Annual report of the Punjab Veterinary College and of the Civil Veterinary Department, Punjab - 1909-1919
Year: 1909
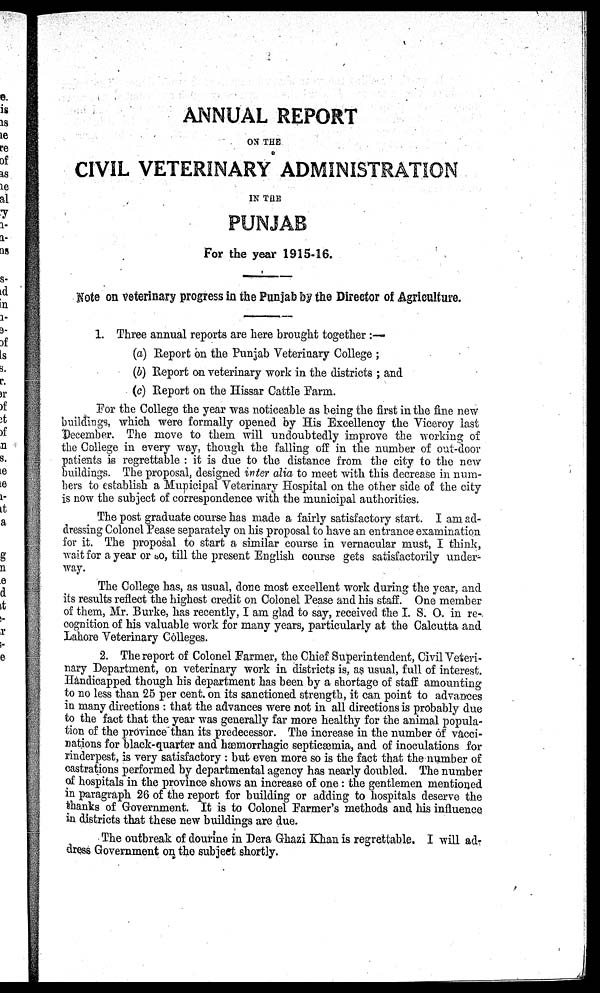
ANNUAL REPORT
ON THE
CIVIL VETERINARY ADMINISTRATION
IN THE
PUNJAB
For the year 1915-16.
Note on veterinary progress in the Punjab by the Director of Agriculture.
1. Three annual reports are here brought together:—
(a) Report on the Punjab Veterinary College;
(b) Report on veterinary work in the districts; and
(c) Report on the Hissar Cattle Farm.
For the College the year was noticeable as being the first in the fine new
buildings, which were formally opened by His Excellency the Viceroy last
December. The move to them will undoubtedly improve the working of
the College in every way, though the falling off in the number of out-door
patients is regrettable: it is due to the distance from the city to the new
buildings. The proposal, designed inter alia to meet with this decrease in num-
bers to establish a Mupicipal Veterinary Hospital on the other side of the city
is now the subject of correspondence with the municipal authorities.
The post graduate course has made a fairly satisfactory start. I am ad-
dressing Colonel Pease separately on his proposal to have an entrance examination
for it. The proposal to start a similar course in vernacular must, I think,
wait for a year or so, till the present English course gets satisfactorily under-
way.
The College has, as usual, done most excellent work during the year, and
its results reflect the highest credit on Colonel Pease and his staff. One member
of them, Mr. Burke, has recently, I am glad to say, received the I. S. O. in re-
cognition of his valuable work for many years, particularly at the Calcutta and
Lahore Veterinary Colleges.
2. The report of Colonel Farmer, the Chief Superintendent, Civil Veteri-
nary Department, on veterinary work in districts is, as usual, full of interest.
Handicapped though his department has been by a shortage of staff amounting
to no less than 25 per cent. on its sanctioned strength, it can point to advances
in many directions: that the advances were not in all directions is probably due
to the fact that the year was generally far more healthy for the animal popula-
tion of the province than its predecessor. The increase in the number of vacci-
nations for black-quarter and hæmorrhagic septicæmia, and of inoculations for
rinderpest, is very satisfactory: but even more so is the fact that the number of
castrations performed by departmental agency has nearly doubled. The number
of hospitals in the province shows an increase of one: the gentlemen mentioned
in paragraph 26 of the report for building or adding to hospitals deserve the
thanks of Government. It is to Colonel Farmer's methods and his influence
in districts that these new buildings are due.
The outbreak of dourine in Dera Ghazi Khan is regrettable. I will ad-
dress Government on the subject shortly.